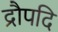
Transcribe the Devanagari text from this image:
द्रौपदि